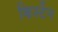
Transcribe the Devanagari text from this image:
किर्स्टेन